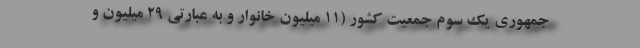
جمهوری یک سوم جمعیت کشور (۱۱ میلیون خانوار و به عبارتی ۲۹ میلیون و